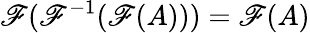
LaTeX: \mathscr{F}(\mathscr{F}^{-1}(\mathscr{F}(A)))=\mathscr{F}(A)